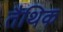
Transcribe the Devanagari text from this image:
तैथिक